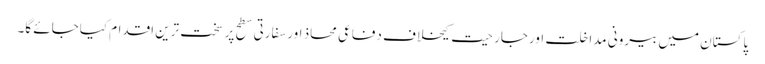
پاکستان میں بیرونی مداخلت اورجارحیت کیخلاف دفاعی محاذ اورسفارتی سطح پر سخت ترین اقدام کیاجائے گا۔